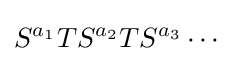
S^{a_{1}}TS^{a_{2}}TS^{a_{3}}\cdots